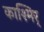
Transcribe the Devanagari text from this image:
काश्मिर्